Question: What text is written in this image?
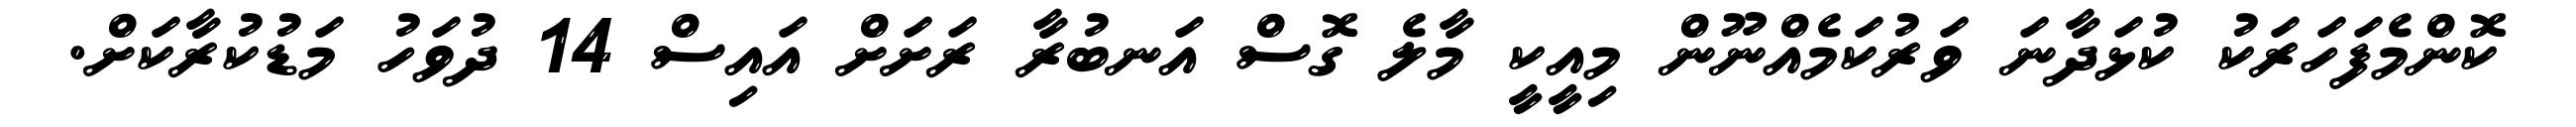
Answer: ކޮންމެފަހަރަކު ކުޅަދާނަ ވަރުކަމެއްނޫން މިއީކީ މާލެ ގޮސް އަނބުރާ ރަށަށް އައިސް 14 ދުވަހު މަޑުކުރާކަށް.